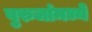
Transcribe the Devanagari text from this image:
बुरुजांमध्ये